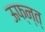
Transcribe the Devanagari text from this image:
ऊफ्न्त्